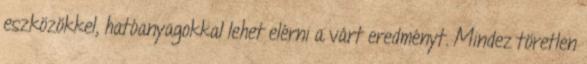
eszközökkel, hatóanyagokkal lehet elérni a várt eredményt. Mindez töretlen